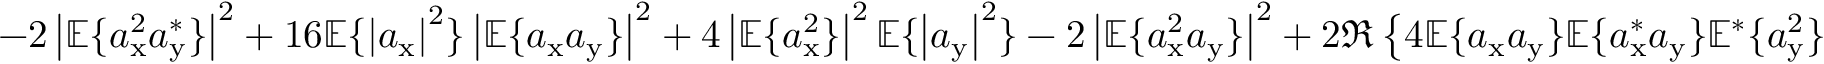
- 2 \left| \mathbb { E } \{ a _ { \mathrm { x } } ^ { 2 } a _ { \mathrm { y } } ^ { * } \} \right| ^ { 2 } + 1 6 \mathbb { E } \{ \left| a _ { \mathrm { x } } \right| ^ { 2 } \} \left| \mathbb { E } \{ a _ { \mathrm { x } } a _ { \mathrm { y } } \} \right| ^ { 2 } + 4 \left| \mathbb { E } \{ a _ { \mathrm { x } } ^ { 2 } \} \right| ^ { 2 } \mathbb { E } \{ \left| a _ { \mathrm { y } } \right| ^ { 2 } \} - 2 \left| \mathbb { E } \{ a _ { \mathrm { x } } ^ { 2 } a _ { \mathrm { y } } \} \right| ^ { 2 } + 2 \Re \left\{ 4 \mathbb { E } \{ a _ { \mathrm { x } } a _ { \mathrm { y } } \} \mathbb { E } \{ a _ { \mathrm { x } } ^ { * } a _ { \mathrm { y } } \} \mathbb { E } ^ { * } \{ a _ { \mathrm { y } } ^ { 2 } \} \right.